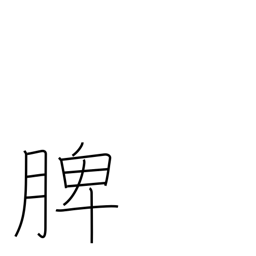
Meaning: spleen